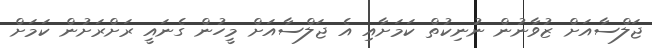
ޖަލްސާއަށް ޒުވާނުން ނުނިކުތް ކަމަށާއި އެ ޖަލްސާއަށް މީހުން ގެނައީ ރަށްރަށުން ކަމަށް